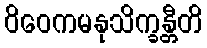
ဝိဝေကမနုသိက္ခန္တီတိ